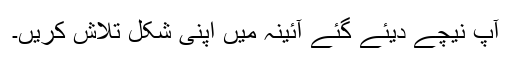
آپ نیچے دیئے گئے آئینہ میں اپنی شکل تلاش کریں۔